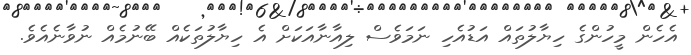
އެހެން މީހުންގެ ހިޔާލުތައް އަޑުއެހި ނަމަވެސް ލިއާނާއަކަށް އެ ހިޔާލުތަކެއް ބޭނުމެއް ނުވާނެއެވެ.